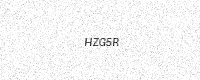
Text: HZG5R